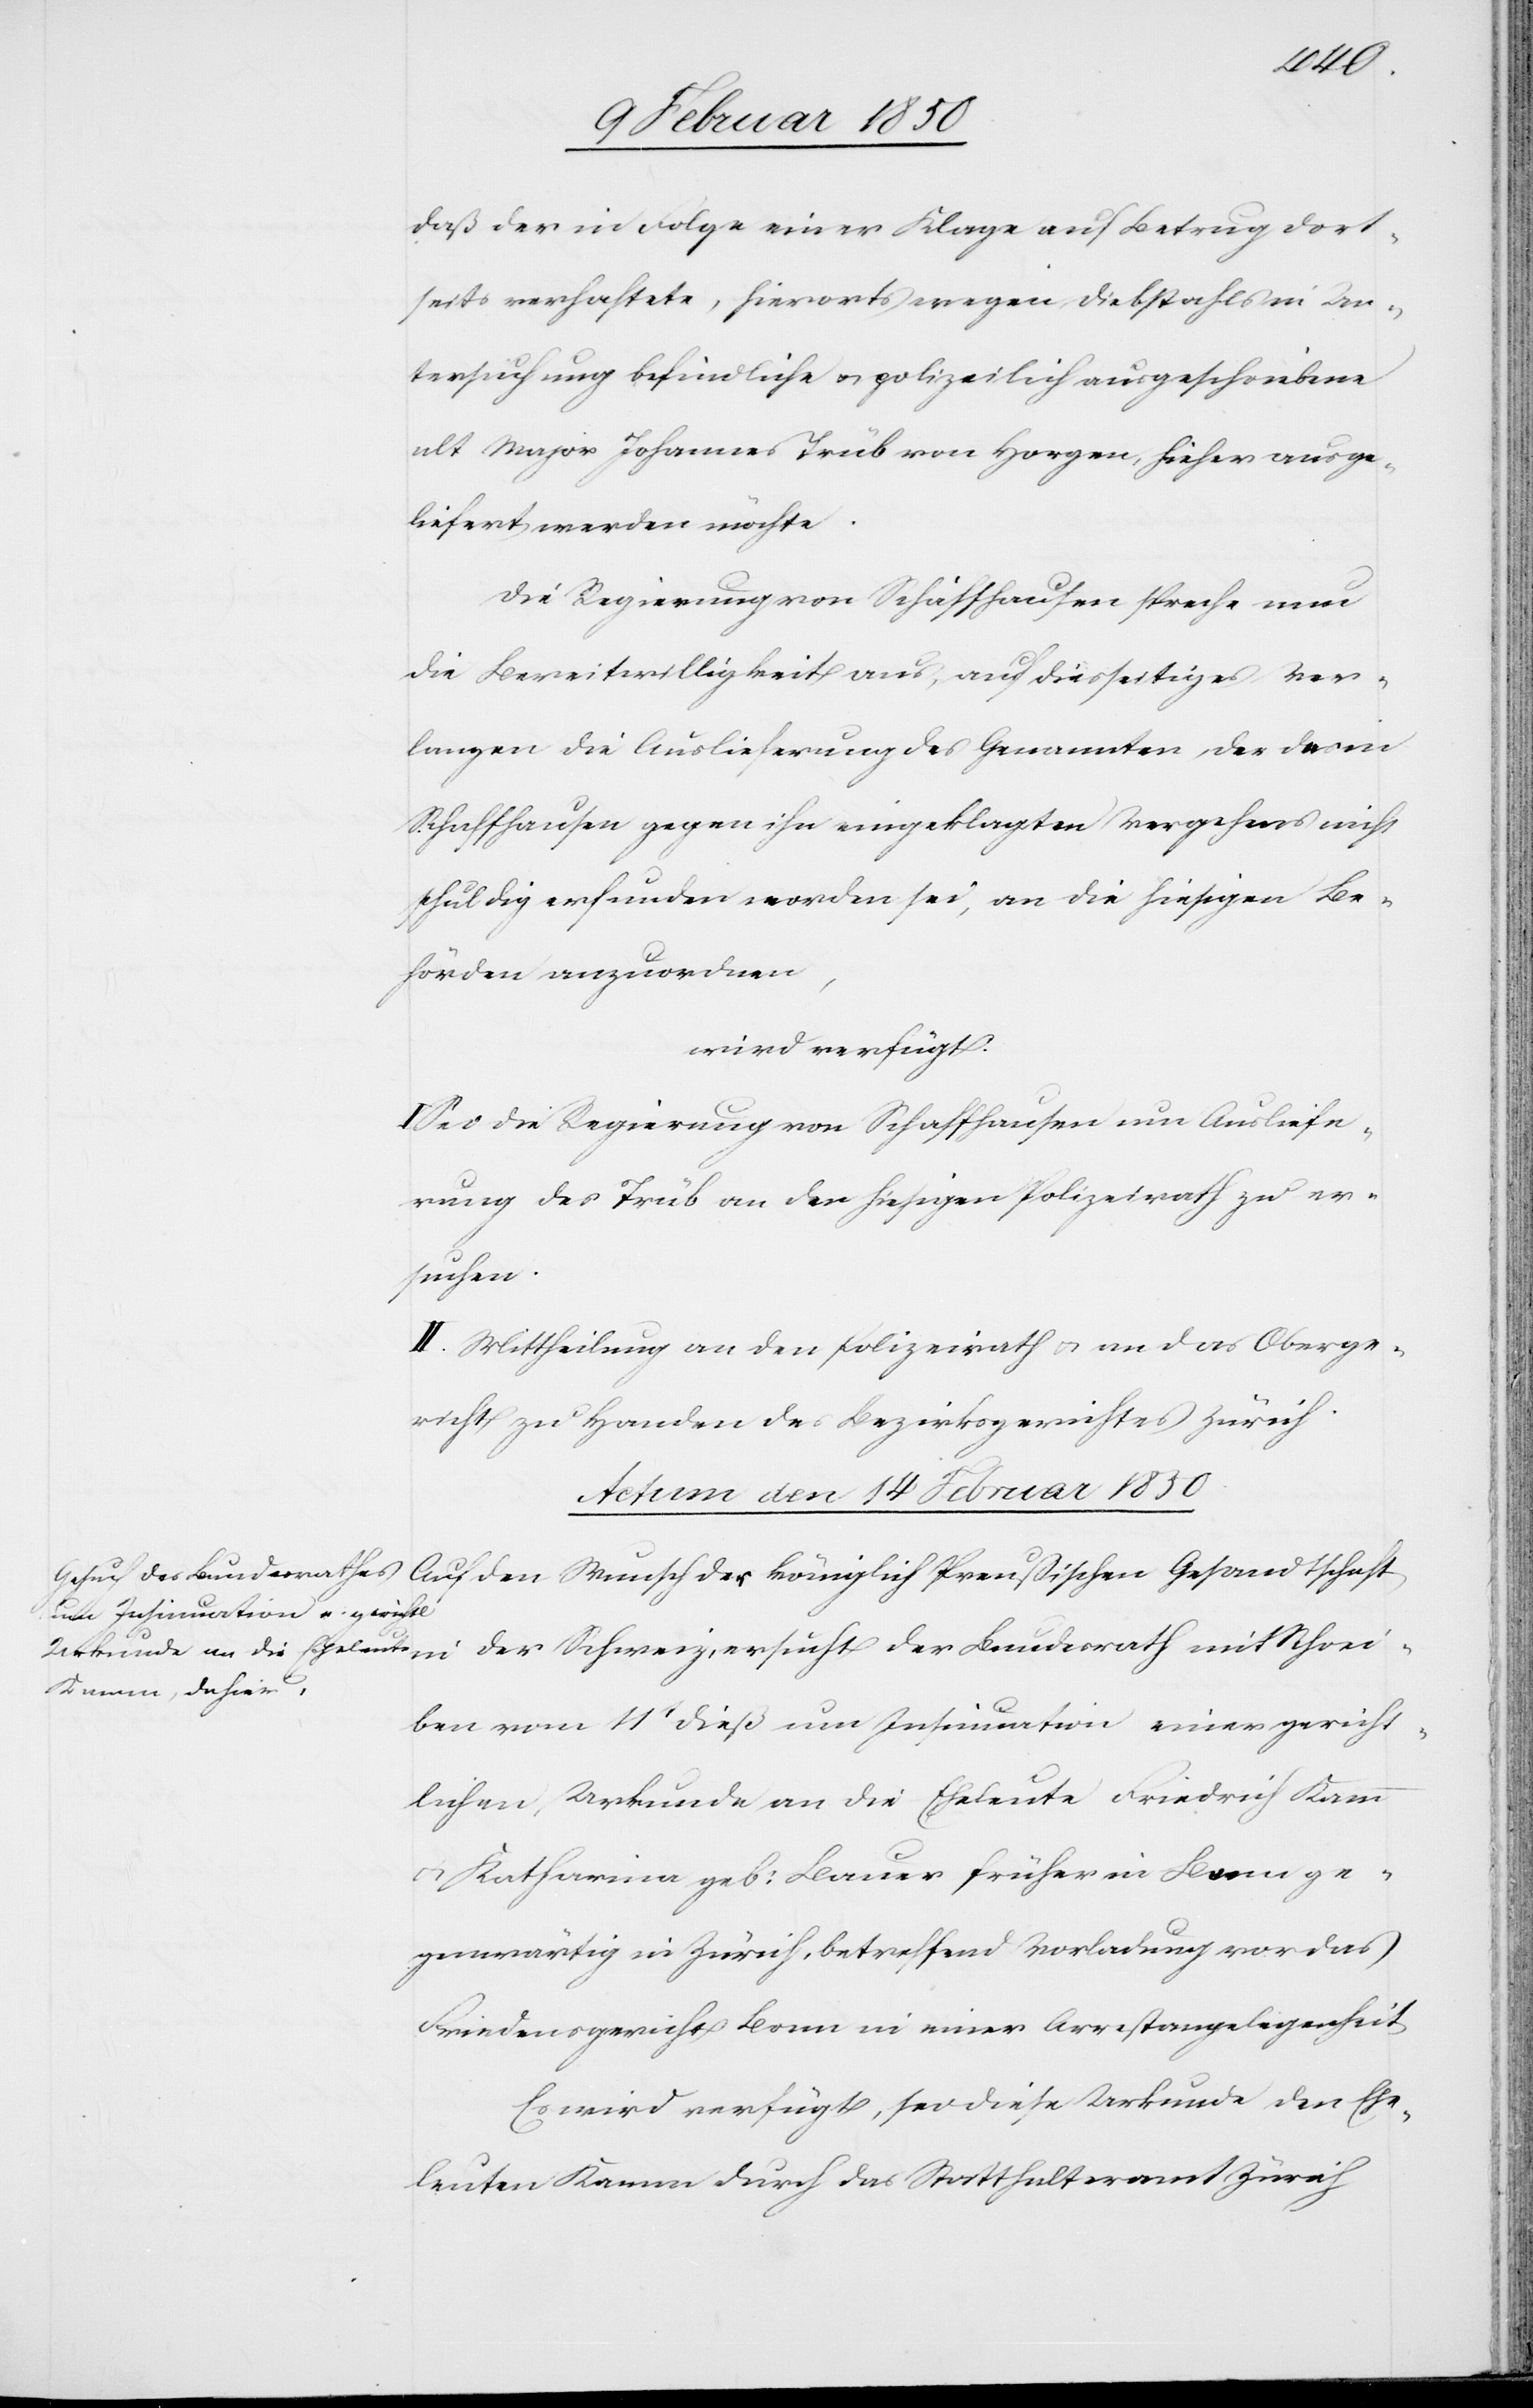
14 Februar 1850
in
daß der in Folge einer Klage auf Betrug dort¬
seits verhaftete, hierorts wegen Diebstahls in Un¬
tersuchung befindliche u. polizeilich ausgeschriebene
alt Major Johannes Trüb von Horgen, hieher ausge¬
liefert werden möchte.
Die Regierung von Schaffhausen spreche nun
die Bereitwilligkeit aus, auf diesseitiges Ver¬
langen die Auslieferung des Genannten, der des in
Schaffhausen gegen ihn eingeklagten Vergehens nicht
schuldig erfunden worden sei, an die hiesigen Be¬
hörden anzuordnen,
wird verfügt:
Sei die Regierung von Schaffhausen um Ausliefe¬
rung des Trüb an den hiesigen Polizeirath zu er¬
suchen.
II. Mittheilung an den Polizeirath u. an das Oberge¬
richt zu Handen des Bezirksgerichtes Zürich.
reiben vom 11t dieß um Insinuation einer gericht¬
lichen Urkunde an die Eheleute Friedrich Kamm
u. Katharina geb: Bauer früher in Bern ge¬
genwärtig in Zürich, betreffend Vorladung vor das
Friedensgericht Bonn in einer Arrestangelegenheit.
Es wird verfügt, sei diese Urkunde den Ehe¬
leuten Kamm durch das Statthalteramt Zürich

Sch¬